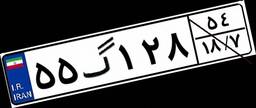
۵۵گ۱۲۸۵۴